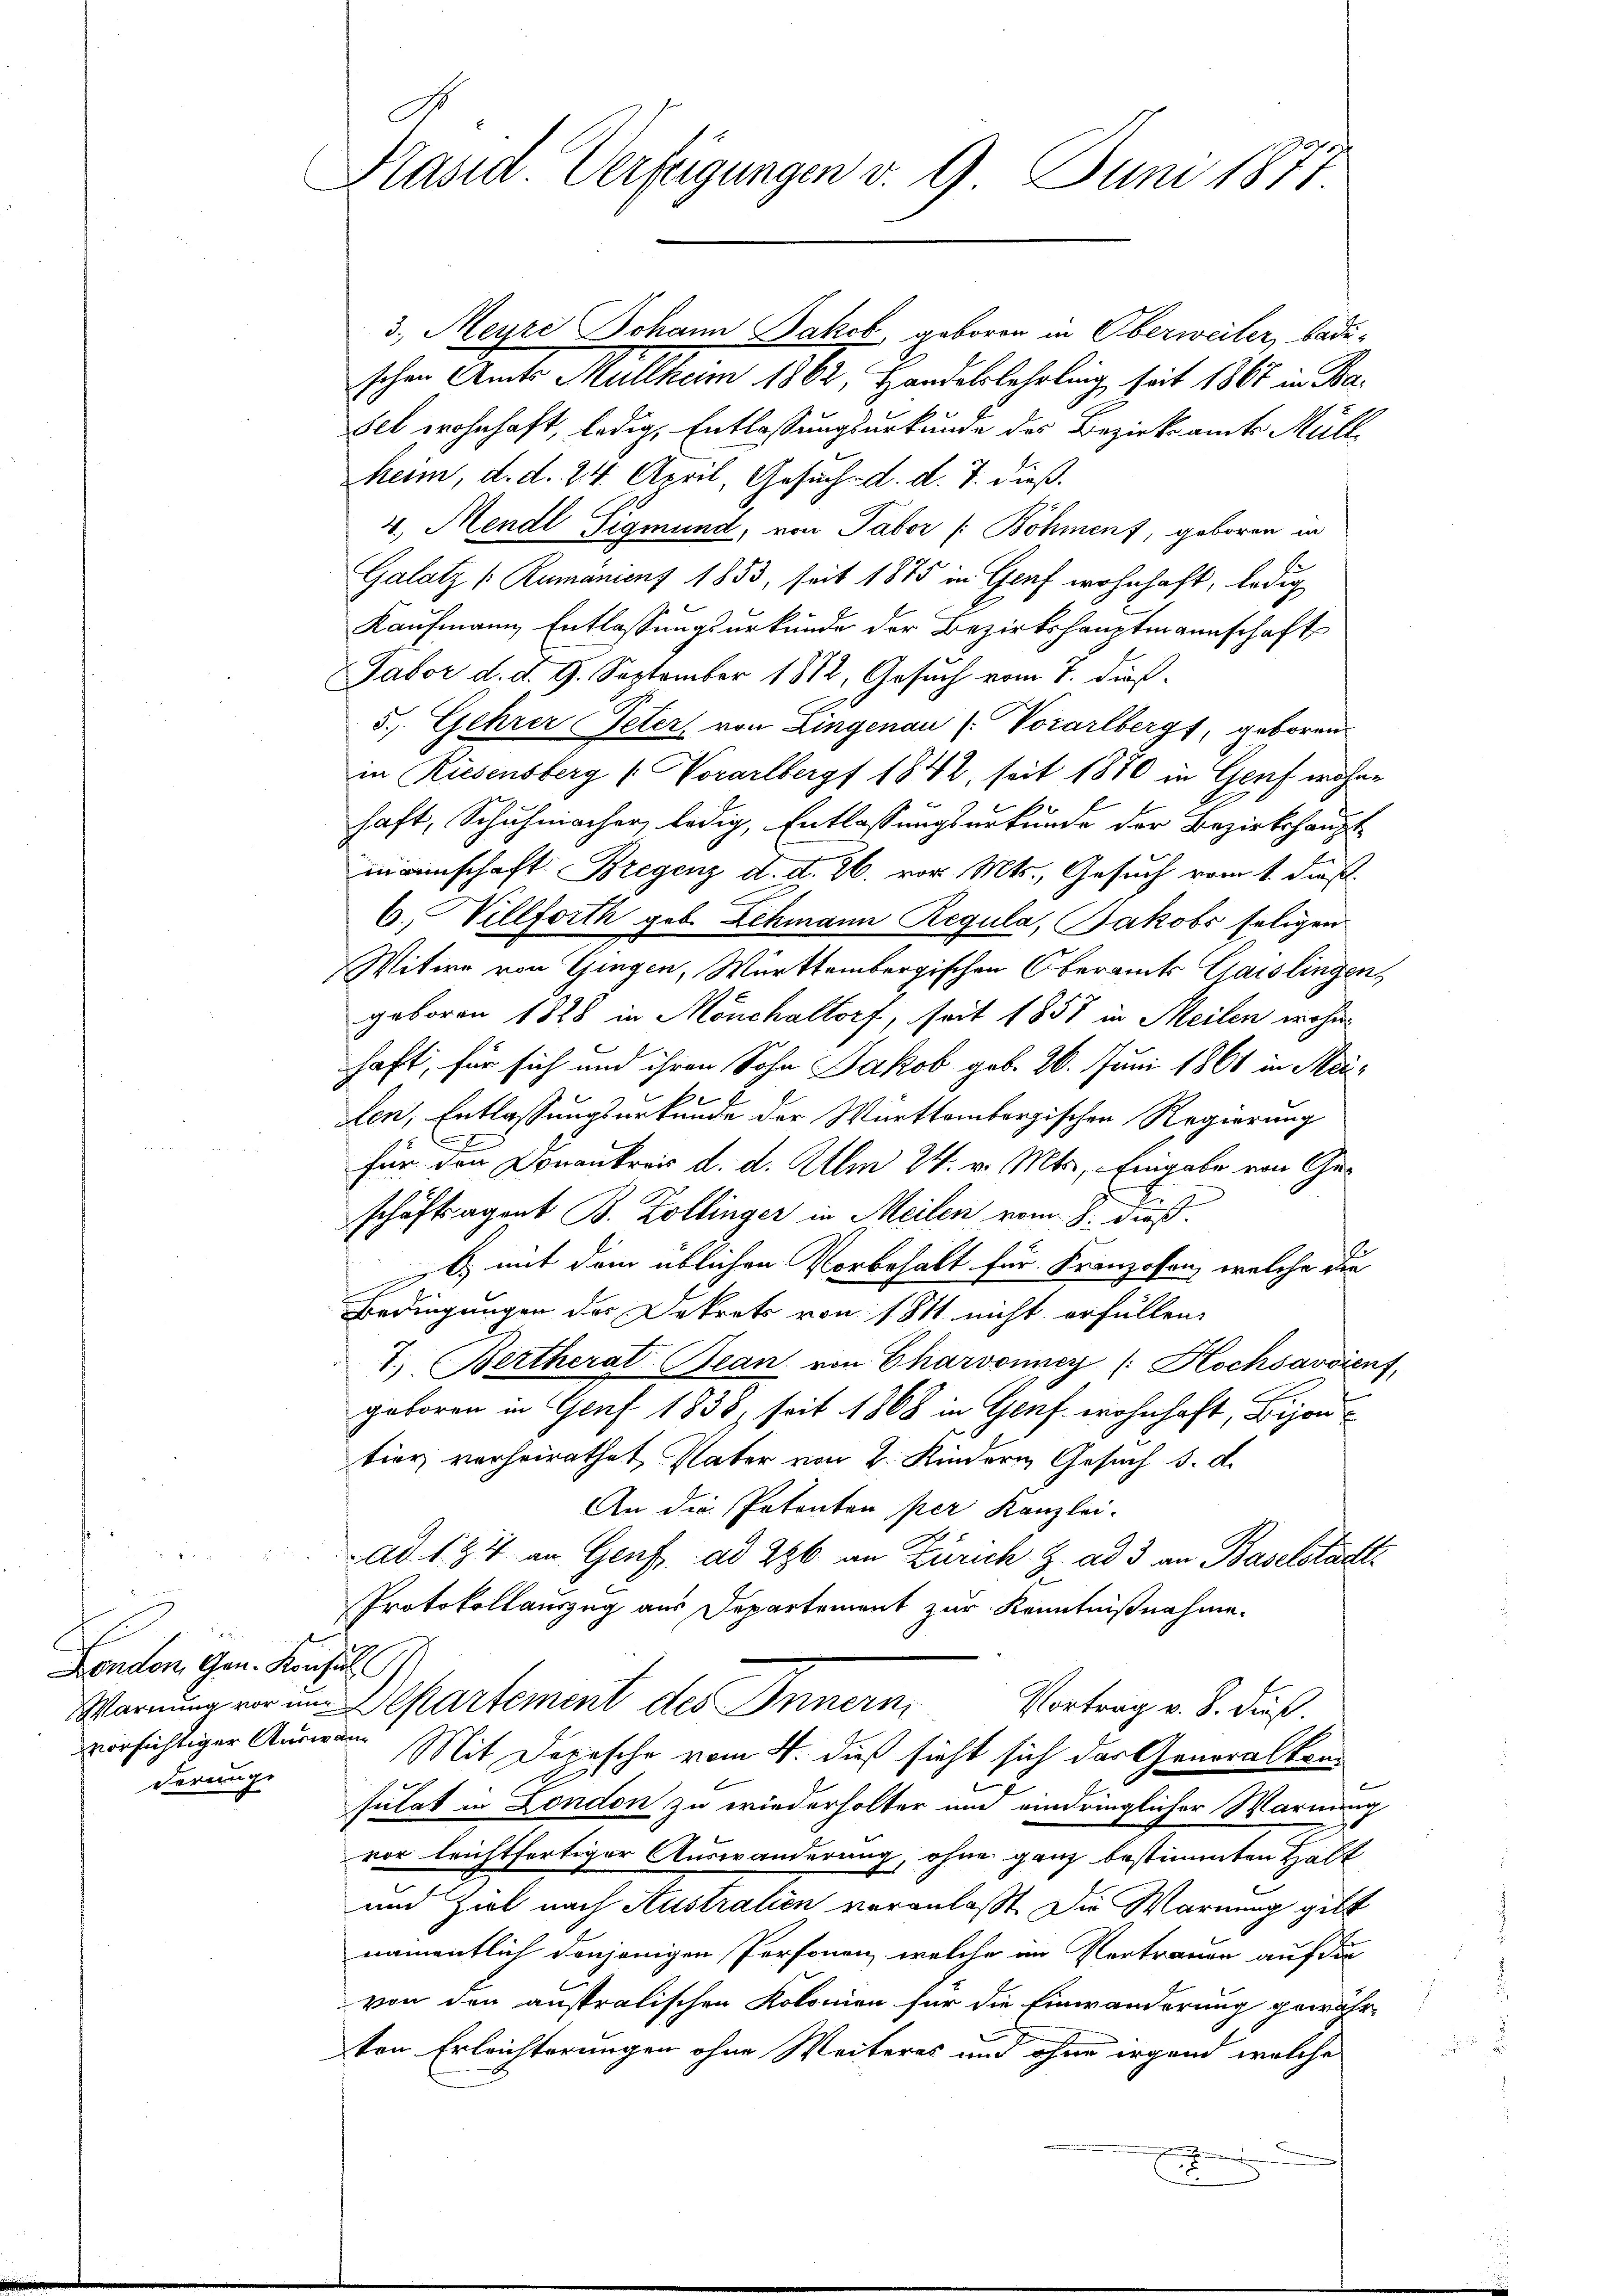
London, Gen. Konsul
vorsichtiger Auswanderunge

Präsid. Verfügungen v. 9. Juni 1874

3., Meyre Johann Jakob geboren in Oberweiler, badi-
schen Amts Müllheim 1862, Handelslehrling, seit 1861 in Ba¬
Fel wohnhaft, ledig, Entlassungsurkunde des Bezirksamts Müllheim, d. d. 24. April, Gesuch. d. d. 7. dieß.
4. Mendl Sigmund, von Tabor /: Böhment, geboren in
Galatz (Zumaniens 1853, seit 1875 in Graf wohnhaft, ledig
Kaufmann Entlassungsurkunde der Bezirkshauptmannschaft
Fabor d. d. 9. September 1812, Gesuch vom 7. dieß.
5., Gehrer Peters von Lingenau (: Vorarlbergt, geboren.
in Riesensberg (: Vorarlberg 1842, seit 1870 in Genf währe
haft, Schuhmacher, ledig, Entlassungsurkunde der Bezirkshaupt-
ineinschaft Bregenz d. d. 26. vor. Mts., Gesuch vom 1. dieß.
6., Villforth geb. Lehmann Regula, Jakobs seligen
Witwe von Gingen, Württembergischen Oberamts Gaislingen,
geboren 1828 in Mönchaltorf, seit 1857 in Meilen wohn
haft, für sich und ihren Sohn Jakob geb. 26. Juni 1860 in Meifen, Entlassungsurkunde der Württembergischen Regierung
für den Donaukreis d. d. Am 24. v. Mts., Eingabe von Geschäftsagent B. Zollinger in Meilen vom 8. dieß.
) mit dem üblichen Vorbehalt für Franzosen, welche die
Bedingungen des Dekrets von 1811 nicht erfüllen.
1.) Bertherat Bean von Charvonner (: Hochsavoient,
geboren in Genf 1838, seit 1868 in Genf wohnhaft, Bijon
tior verheirathet, Vater von 2. Kindern Gesuch d. d.
An die Petenten per Kanzlei-
ad. 184 an Genf ad 296 an Zürich z. ad 3 an Baselstadte
Protokollauszug aus Departement zur Kenntnißnahme.
Warnung vor in Departement des Innern, Vortrag v. 8. dieß.
Mit Depesche vom 4. dieß sieht sich das Generalkon
sulat in London zu wiederholter und eindringlicher Warnung
vor leichtfertiger Auswanderung, ohne ganz bestimmten Halt
und Ziel nach Australien veranlaßt. Die Warnung gibt
namentlich denjenigen Personen, welche im Vertrauen auf die
von den anstralischen Kolonien für die Einwanderung gewähr-
ten Erleichterungen ohne Weiteres und ohne irgend welche